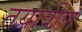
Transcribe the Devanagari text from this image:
तयावीण